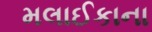
મલાઈકાના